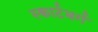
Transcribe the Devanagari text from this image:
स्क्वार्टबर्ग